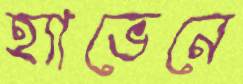
হ্যাভেনে